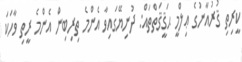
ކީރިތި ޤުރުއާނުގެ ޢިލްމީ ޙަޤީޤަތްތައް: ދުނިޔޭގައިވާ އެންމެ ތިރިބިން އެންމެ ރީތި ވާހަކަ